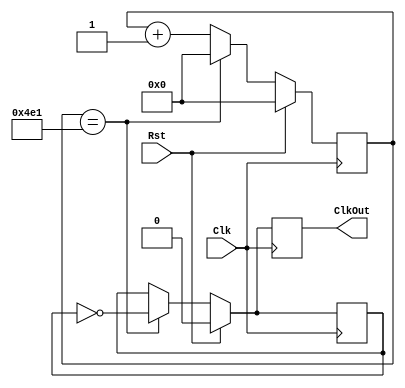
`timescale 1ns / 1ns

// Clock divider for LCD Display Controller
// Generates 20 kHz output from 50 MHz clock

module LCDClkDiv(Clk, Rst, ClkOut);

   input Clk, Rst;
   output reg ClkOut;
  
   parameter DivVal = 1250;
   reg[24:0] DivCnt;
   reg ClkInt;
	
   always @(posedge Clk) begin
      if( Rst == 1 )begin
         DivCnt <= 0;
         ClkOut <= 0;
         ClkInt <= 0;
      end
      else begin
         if( DivCnt == (DivVal-1) ) begin
            ClkOut <= ~ClkInt;
            ClkInt <= ~ClkInt;
            DivCnt <= 0;
         end
         else begin
            ClkOut <= ClkInt;
            ClkInt <= ClkInt;
            DivCnt <= DivCnt + 1;
         end
      end
   end
endmodule